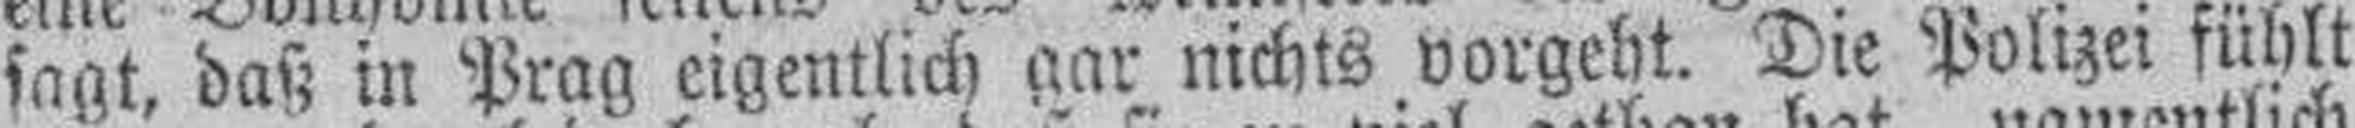
sagt, daß in Prag eigentlich gar nichts vorgeht. Die Polizei fühlt